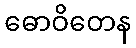
ဓောဝိတေန